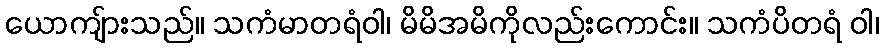
ယောကျ်ားသည်။ သကံမာတရံဝါ၊ မိမိအမိကိုလည်းကောင်း။ သကံပိတရံ ဝါ၊